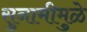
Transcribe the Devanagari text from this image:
सुनामीमुळे